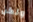
ولكن